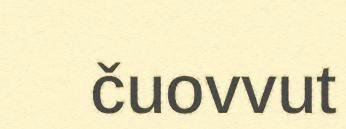
čuovvut